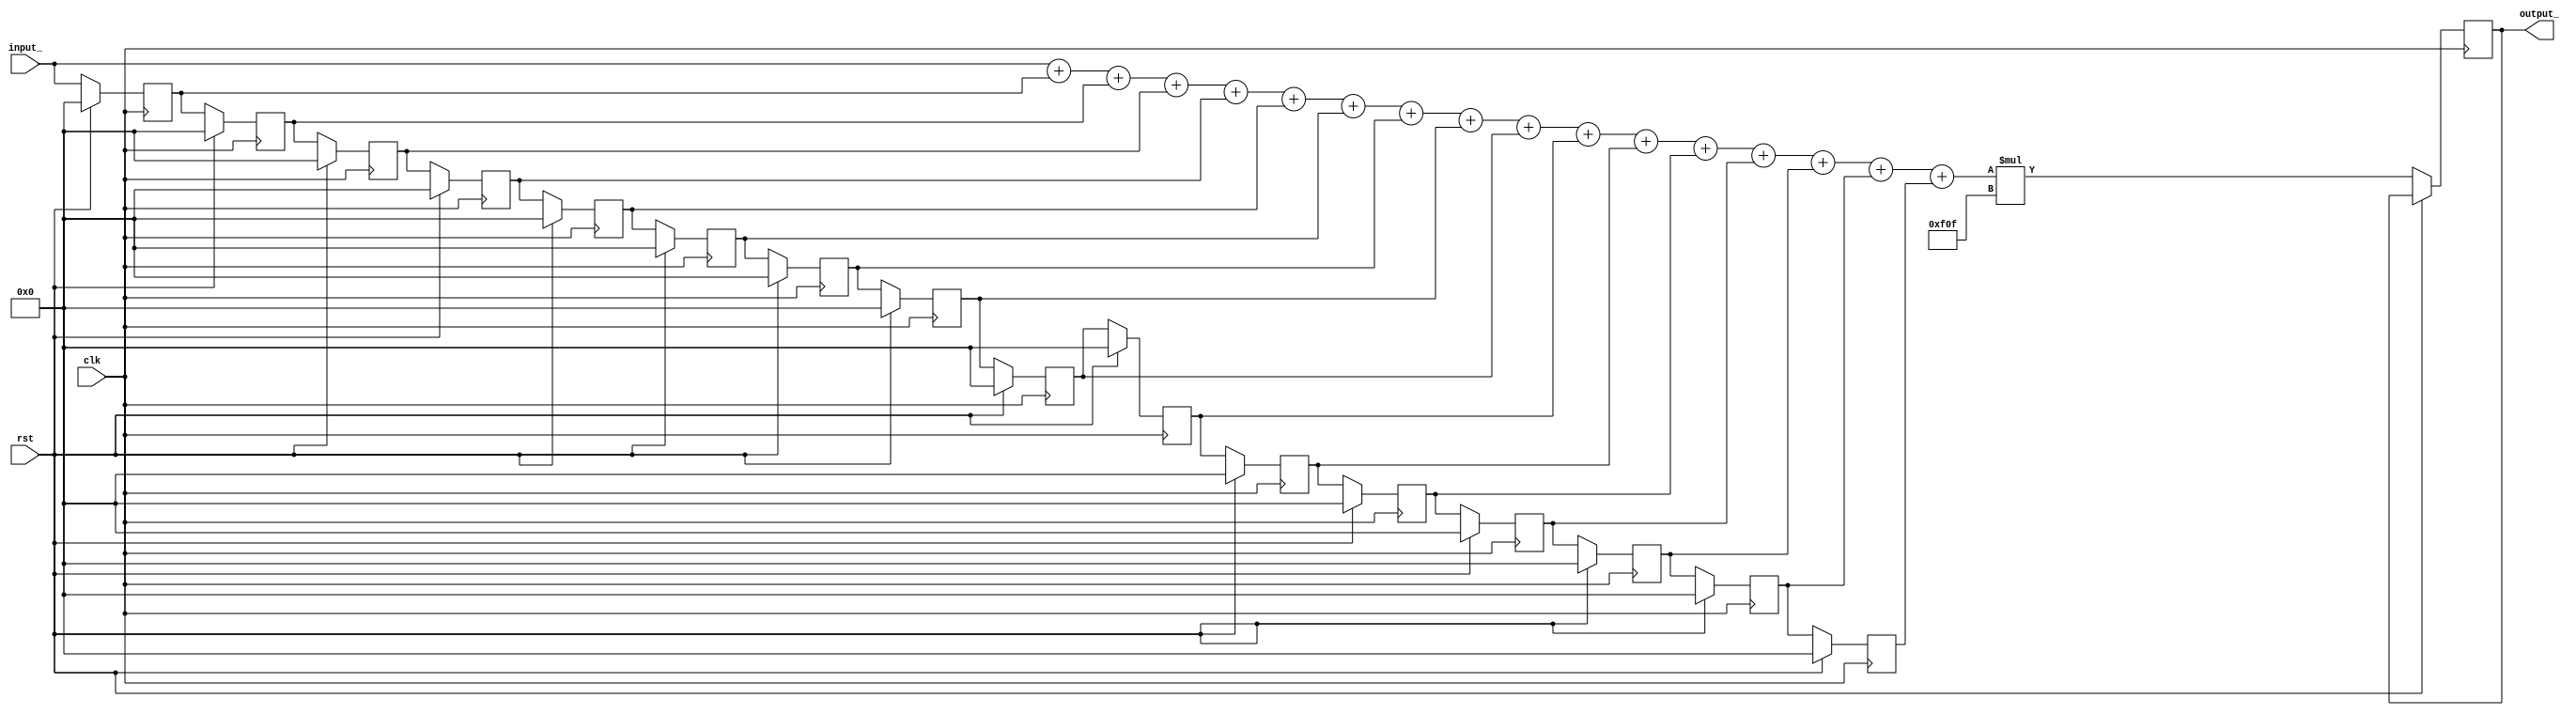
// *****************************************************************************
//                         Cadence C-to-Silicon Compiler
//          Version 14.20-s400  (32 bit), build 84938 Mon, 27 Jun 2016
// 
// File created on Tue Jun  6 05:25:35 2017
// 
// The code contained herein is generated for Cadences customer and third
// parties authorized by customer.  It may be used in accordance with a
// previously executed license agreement between Cadence and that customer.
// Absolutely no disassembling, decompiling, reverse-translations or
// reverse-engineering of the generated code is allowed.
// 
//*****************************************************************************
module MA_filter_rtl(input_, rst, clk, output_);
  input [31:0] input_;
  input rst;
  input clk;
  output reg [31:0] output_;
  reg [31:0] mid0;
  reg [31:0] mid10;
  reg [31:0] mid11;
  reg [31:0] mid12;
  reg [31:0] mid13;
  reg [31:0] mid14;
  reg [31:0] mid15;
  reg [31:0] mid1;
  reg [31:0] mid2;
  reg [31:0] mid3;
  reg [31:0] mid4;
  reg [31:0] mid5;
  reg [31:0] mid6;
  reg [31:0] mid7;
  reg [31:0] mid8;
  reg [31:0] mid9;
  reg [31:0] mid0_d;
  reg [31:0] mid10_d;
  reg [31:0] mid11_d;
  reg [31:0] mid12_d;
  reg [31:0] mid13_d;
  reg [31:0] mid14_d;
  reg [31:0] mid15_d;
  reg [31:0] mid1_d;
  reg [31:0] mid2_d;
  reg [31:0] mid3_d;
  reg [31:0] mid4_d;
  reg [31:0] mid5_d;
  reg [31:0] mid6_d;
  reg [31:0] mid7_d;
  reg [31:0] mid8_d;
  reg [31:0] mid9_d;
  reg [31:0] output__d;

  // pragma sync_set_reset_local MA_filter_seq_block rst
  always @(posedge clk) // MA_filter_sequential
    begin : MA_filter_seq_block
      if (rst) // Initialize state and outputs
      begin
        mid0 <= 32'h0;
        mid10 <= 32'h0;
        mid11 <= 32'h0;
        mid12 <= 32'h0;
        mid13 <= 32'h0;
        mid14 <= 32'h0;
        mid15 <= 32'h0;
        mid1 <= 32'h0;
        mid2 <= 32'h0;
        mid3 <= 32'h0;
        mid4 <= 32'h0;
        mid5 <= 32'h0;
        mid6 <= 32'h0;
        mid7 <= 32'h0;
        mid8 <= 32'h0;
        mid9 <= 32'h0;
      end
      else // Update Q values
      begin
        mid0 <= mid0_d;
        mid10 <= mid10_d;
        mid11 <= mid11_d;
        mid12 <= mid12_d;
        mid13 <= mid13_d;
        mid14 <= mid14_d;
        mid15 <= mid15_d;
        mid1 <= mid1_d;
        mid2 <= mid2_d;
        mid3 <= mid3_d;
        mid4 <= mid4_d;
        mid5 <= mid5_d;
        mid6 <= mid6_d;
        mid7 <= mid7_d;
        mid8 <= mid8_d;
        mid9 <= mid9_d;
      end
    end
  always @(posedge clk) // MA_filter_0_sequential
    output_ <= output__d;
  always @(*) begin : MA_filter_combinational
      reg [31:0] add_ln15_z;
      reg [31:0] add_ln15_0_z;
      reg [31:0] add_ln15_1_z;
      reg [31:0] add_ln15_2_z;
      reg [31:0] add_ln15_3_z;
      reg [31:0] add_ln15_4_z;
      reg [31:0] add_ln15_5_z;
      reg [31:0] add_ln15_6_z;
      reg [31:0] add_ln15_7_z;
      reg [31:0] add_ln16_z;
      reg [31:0] add_ln16_0_z;
      reg [31:0] add_ln16_1_z;
      reg [31:0] add_ln16_2_z;
      reg [31:0] add_ln16_3_z;
      reg [31:0] add_ln16_4_z;
      reg [31:0] add_ln16_5_z;
      reg [31:0] mul_ln16_z;

      add_ln15_z = input_ + mid0;
      mid0_d = input_;
      mid10_d = mid9;
      mid11_d = mid10;
      mid12_d = mid11;
      mid13_d = mid12;
      mid14_d = mid13;
      mid15_d = mid14;
      mid1_d = mid0;
      mid2_d = mid1;
      mid3_d = mid2;
      mid4_d = mid3;
      mid5_d = mid4;
      mid6_d = mid5;
      mid7_d = mid6;
      mid8_d = mid7;
      mid9_d = mid8;
      add_ln15_0_z = add_ln15_z + mid1;
      add_ln15_1_z = add_ln15_0_z + mid2;
      add_ln15_2_z = add_ln15_1_z + mid3;
      add_ln15_3_z = add_ln15_2_z + mid4;
      add_ln15_4_z = add_ln15_3_z + mid5;
      add_ln15_5_z = add_ln15_4_z + mid6;
      add_ln15_6_z = add_ln15_5_z + mid7;
      add_ln15_7_z = add_ln15_6_z + mid8;
      add_ln16_z = add_ln15_7_z + mid9;
      add_ln16_0_z = add_ln16_z + mid10;
      add_ln16_1_z = add_ln16_0_z + mid11;
      add_ln16_2_z = add_ln16_1_z + mid12;
      add_ln16_3_z = add_ln16_2_z + mid13;
      add_ln16_4_z = add_ln16_3_z + mid14;
      add_ln16_5_z = add_ln16_4_z + mid15;
      mul_ln16_z = add_ln16_5_z * 32'hf0f;
      case (1'b1)// pragma parallel_case
        !rst: output__d = mul_ln16_z;
        !(!rst): output__d = output_;
        default: output__d = 32'hX;
      endcase
    end
endmodule